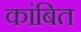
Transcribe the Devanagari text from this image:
कांबित